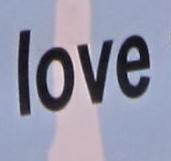
love